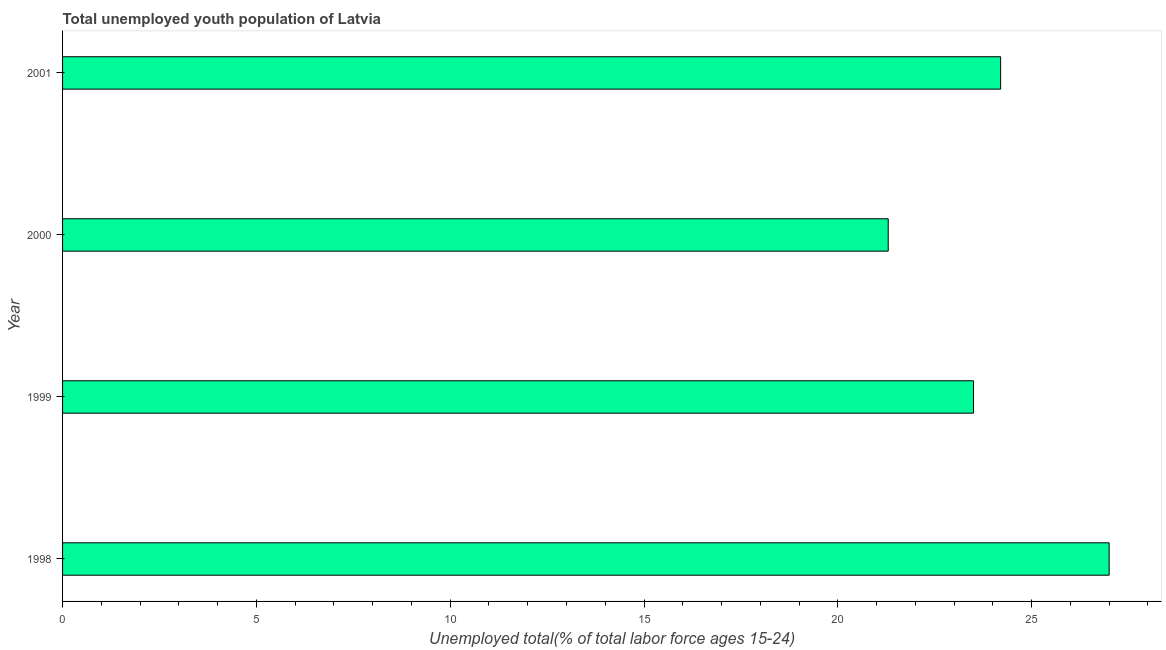
| Year | Unemployment youth total |
 | --- | --- |
 | 1998 | 27 |
 | 1999 | 23.5 |
 | 2000 | 21.3 |
 | 2001 | 24.2 |